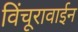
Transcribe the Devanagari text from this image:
विंचूरावाईन